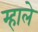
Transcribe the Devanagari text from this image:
म्हाले